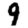
Digit: 9